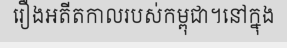
រឿងអតីតកាលរបស់កម្ពុជា។នៅក្នុង